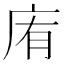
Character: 𢈓